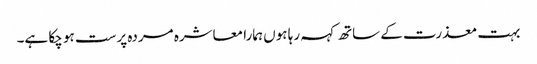
بہت معذرت کے ساتھ کہہ رہا ہوں ہمارا معاشرہ مردہ پرست ہو چکا ہے۔